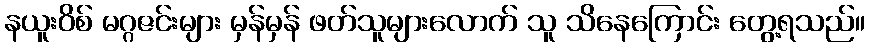
နယူးဝိစ် မဂ္ဂဇင်းများ မှန်မှန် ဖတ်သူများလောက် သူ သိနေကြောင်း တွေ့ရသည်။